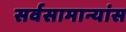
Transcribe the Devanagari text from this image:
सर्वसामान्यांस